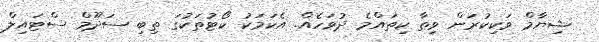
ޝިޔާމް ވަކިކުރަން ވިތާ ކިތައްމެ ދުވަހެއް. އެކަމަކު ކޯޓުތަކުގަ ތިބި ސަދޫމް ސްޓައިލް